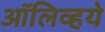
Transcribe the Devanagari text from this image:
ऑलिव्हये